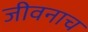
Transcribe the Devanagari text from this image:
जीवनाच